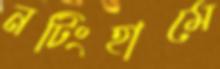
নটিংহামে